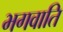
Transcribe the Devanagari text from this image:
भगवाति